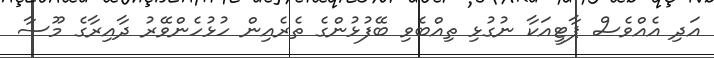
އަދި އެއްވެސް ޕާޓީއަކާ ނުގުޅި ތިއްބެވި ބޭފުޅުންގެ ތެރެއިން ހުޅުހެންވޭރު ދާއިރާގެ މޫސާ